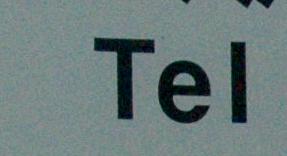
tel